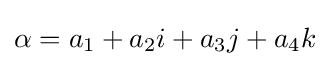
\alpha =a_{1}+a_{2}i+a_{3}j+a_{4}k